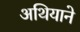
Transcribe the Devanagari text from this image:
अथियाने